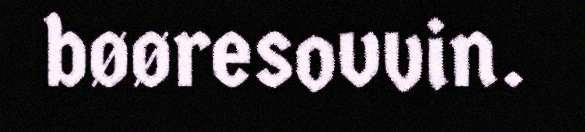
bøøresovvin.